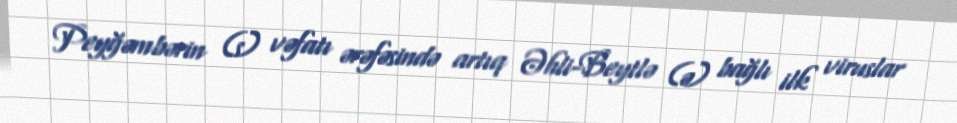
Peyğəmbərin (s) vəfatı ərəfəsində artıq Əhli-Beytlə (ə) bağlı ilk viruslar